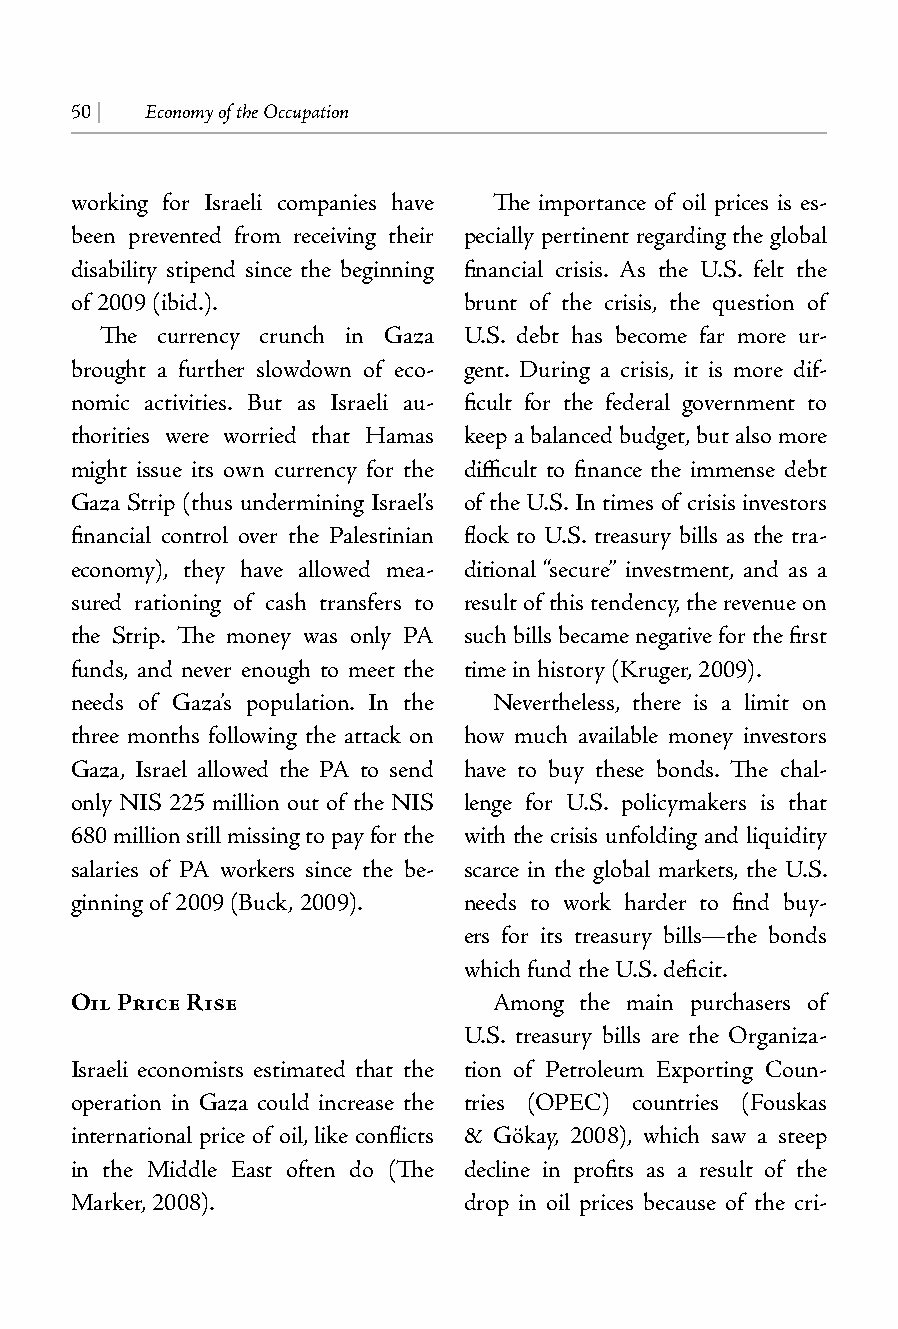
50 | Economy of the Occupation
 working for Israeli companies have The importance of oil prices is es-
 been prevented from receiving their pecially pertinent regarding the global
 disability stipend since the beginning financial crisis. As the U.S. felt the
 of 2009 (ibid.).          brunt of the crisis, the question of
 The currency crunch in Gaza U.S. debt has become far more ur-
 brought a further slowdown of eco- gent. During a crisis, it is more dif-
 nomic activities. But as Israeli au- ficult for the federal government to
 thorities were worried that Hamas keep a balanced budget, but also more
 might issue its own currency for the difficult to finance the immense debt
 Gaza Strip (thus undermining Israel’s of the U.S. In times of crisis investors
 financial control over the Palestinian flock to U.S. treasury bills as the tra-
 economy), they have allowed mea- ditional “secure” investment, and as a
 sured rationing of cash transfers to result of this tendency, the revenue on
 the Strip. The money was only PA such bills became negative for the first
 funds, and never enough to meet the time in history (Kruger, 2009).
 needs of Gaza’s population. In the Nevertheless, there is a limit on
 three months following the attack on how much available money investors
 Gaza, Israel allowed the PA to send have to buy these bonds. The chal-
 only NIS 225 million out of the NIS lenge for U.S. policymakers is that
 680 million still missing to pay for the with the crisis unfolding and liquidity
 salaries of PA workers since the be- scarce in the global markets, the U.S.
 ginning of 2009 (Buck, 2009). needs to work harder to find buy-
 ers for its treasury bills—the bonds
 which fund the U.S. deficit.
 Oil Price Rise              Among the main purchasers of
 U.S. treasury bills are the Organiza-
 Israeli economists estimated that the tion of Petroleum Exporting Coun-
 operation in Gaza could increase the tries (OPEC) countries (Fouskas
 international price of oil, like conflicts & Gökay, 2008), which saw a steep
 in the Middle East often do (The decline in profits as a result of the
 Marker, 2008).            drop in oil prices because of the cri-